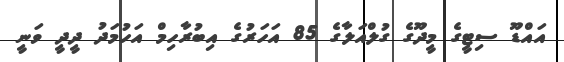
އައްޑޫ ސިޓީގެ މީދޫގެ ގުލްއަލާގެ 85 އަހަރުގެ އިބުރާހިމް އަހުމަދު ދީދީ ވަނީ